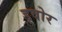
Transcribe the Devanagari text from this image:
ड्वोर